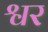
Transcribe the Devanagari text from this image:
श्वर